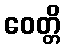
ဝေတ္တိ